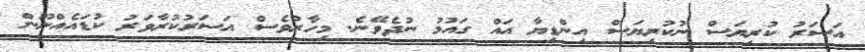
އަސަރު ކުރިޔަސް ނުކުރިޔަސް އިންޑިޔާ އައް ގައުމު ނުދެވޭނެ. މިހާރުވެސް އަސަރުކުރާވަރު ކުޑައެއްނޫން